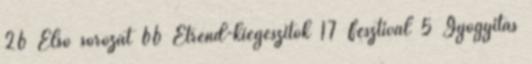
26 Első sorozat 66 Étrend-kiegészítők 17 Fesztivál 5 Gyógyítás